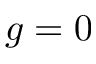
g = 0